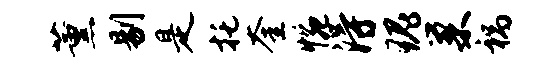
薰剔是托奎惋得瑰巢祸